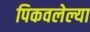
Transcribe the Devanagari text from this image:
पिकवलेल्या